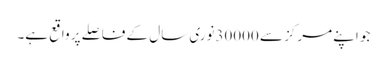
جو اپنے مرکز سے 30000نوری سال کے فاصلے پر واقع ہے۔